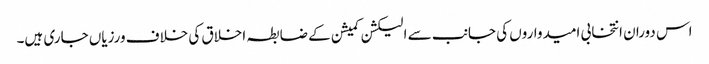
اس دوران انتخابی امیدواروں کی جانب سے الیکشن کمیشن کے ضابطہ اخلاق کی خلاف ورزیاں جاری ہیں۔